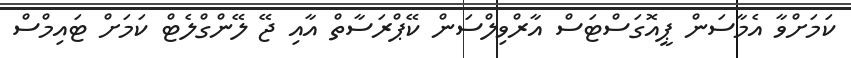
ކަމަށްވާ އެމާސަން ޕީއޮގަސްޓަސް އާރްވިލްސަން ކޭޕްރަސާތް އާއި ޖޭ ލޭންގްލެޓް ކަމަށް ޓައިމްސް